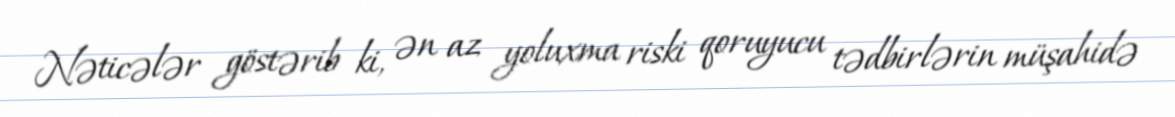
Nəticələr göstərib ki, ən az yoluxma riski qoruyucu tədbirlərin müşahidə